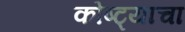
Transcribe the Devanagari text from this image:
कोष्ट्याचा